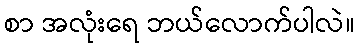
စာ အလုံးရေ ဘယ်လောက်ပါလဲ။